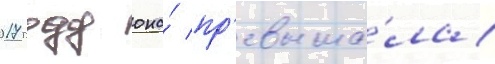
2017 году она́ пр'евыша́ла